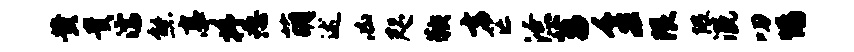
黄贵濡熊亭抒恕萌述凶咫鞅玄芒潦菖千宏限隈溉叨惕